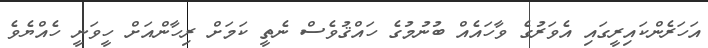
އަހަރެންކައިރީގައި އެވަރުގެ ވާހައެއް ބުނުމުގެ ހައްޤުވެސް ނެތީ ކަމަށް ރިހާންއަށް ހީވަނީ ހެއްޔެވެ